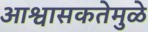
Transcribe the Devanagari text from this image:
आश्वासकतेमुळे